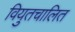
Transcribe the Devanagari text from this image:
वियुतचालित